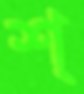
শ্